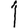
Digit: 1